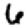
Digit: 6